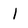
Character: l